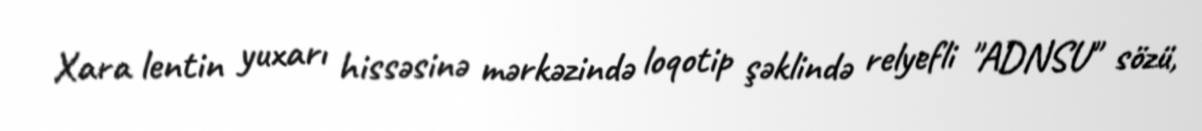
Xara lentin yuxarı hissəsinə mərkəzində loqotip şəklində relyefli "ADNSU" sözü,